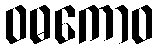
ဝဓကောဝ